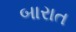
બારાત